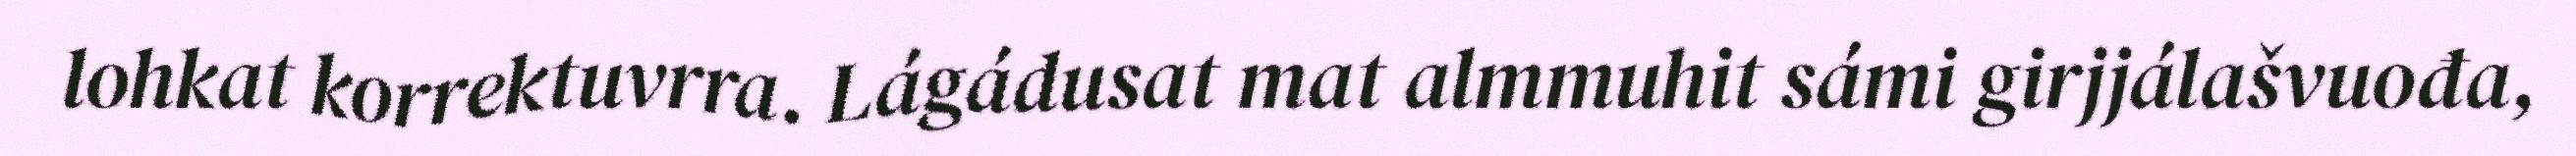
lohkat korrektuvrra. Lágádusat mat almmuhit sámi girjjálašvuođa,